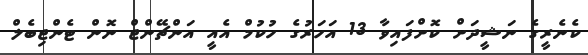
ކެނެރީގެ ނަޝީދަށް ކޮށްފައިވާ 13 އަހަރުގެ ހުކުމް އެއީ އަންޗޭންޖް ނޮން ޓެންޖިބެލް